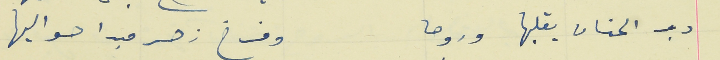
دب الحنان يقبلها وروحا                                          وفرخ زهر مبدا حواليها